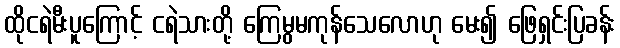
ထိုငရဲမီးပူကြောင့် ငရဲသားတို့ ကြေမွမကုန်သေလောဟု မေး၍ ဖြေရှင်းပြခန်း